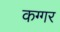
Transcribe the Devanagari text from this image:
कग्गर